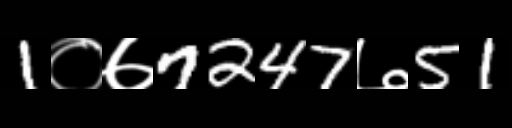
Text: 1०७7247७51